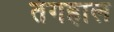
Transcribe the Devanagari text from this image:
तंगहाल